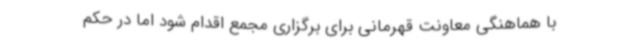
با هماهنگی معاونت قهرمانی برای برگزاری مجمع اقدام شود اما در حکم